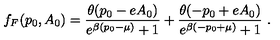
f _ { F } ( p _ { 0 } , A _ { 0 } ) = \frac { \theta ( p _ { 0 } - e A _ { 0 } ) } { e ^ { \beta ( p _ { 0 } - \mu ) } + 1 } + \frac { \theta ( - p _ { 0 } + e A _ { 0 } ) } { e ^ { \beta ( - p _ { 0 } + \mu ) } + 1 } \ .